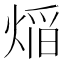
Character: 㷔